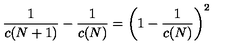
{ \frac { 1 } { c ( N + 1 ) } } - { \frac { 1 } { c ( N ) } } = \left( 1 - { \frac { 1 } { c ( N ) } } \right) ^ { 2 } \,